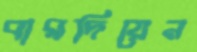
বারদিয়েন